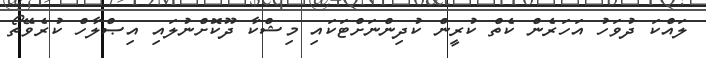
ލައްކަ ދުވަހު އަހަރެން ކެތް ކުރީން ކުދިންނަށްޓަކައި މިޝްކާ ދޫކޮށްނުލައި އިޞްލާހް ކުރެވޭތޯ